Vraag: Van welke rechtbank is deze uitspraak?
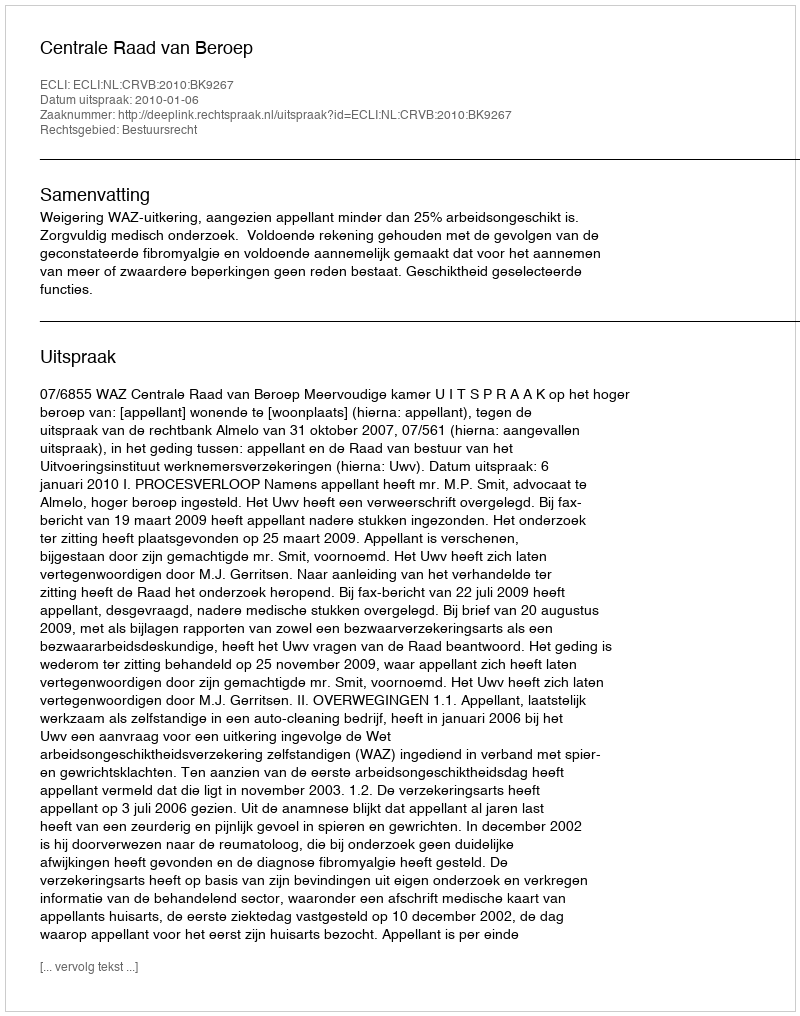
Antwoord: Centrale Raad van Beroep